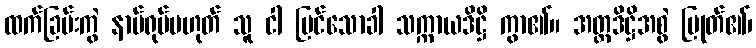
ထက်ခြမ်းကွဲ နာမ်ရုပ်မဟုတ် သူ ငါ မြင်သောခါ သက္ကာယဒိဋ္ဌိ ကွာ၏။ အတ္တဒိဋ္ဌိအစွဲ ပြုတ်၏၊